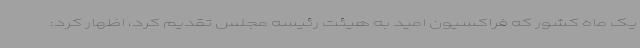
یک ماه کشور که فراکسیون امید به هیئت رئیسه مجلس تقدیم کرد، اظهار کرد: